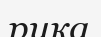
рика